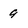
Character: 9